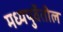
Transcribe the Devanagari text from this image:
मध्यपुर्वेतील